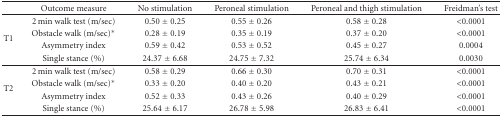
<table><thead><tr><td><b> </b></td><td><b>Outcome measure</b></td><td><b>No stimulation</b></td><td><b>Peroneal stimulation</b></td><td><b>Peroneal and thigh stimulation</b></td><td><b>Freidman&#x27;s test</b></td></tr></thead><tbody><tr><td rowspan="4">T1</td><td>2 min walk test (m/sec)</td><td>0.50 ± 0.25</td><td>0.55 ± 0.26</td><td>0.58 ± 0.28</td><td>&lt;0.0001</td></tr><tr><td>Obstacle walk (m/sec)*</td><td>0.28 ± 0.19</td><td>0.35 ± 0.19</td><td>0.37 ± 0.20</td><td>&lt;0.0001</td></tr><tr><td>Asymmetry index</td><td>0.59 ± 0.42</td><td>0.53 ± 0.52</td><td>0.45 ± 0.27</td><td>0.0004</td></tr><tr><td>Single stance (%)</td><td>24.37 ± 6.68</td><td>24.75 ± 7.32</td><td>25.74 ± 6.34</td><td>0.0030</td></tr><tr><td rowspan="4">T2</td><td>2 min walk test (m/sec)</td><td>0.58 ± 0.29</td><td>0.66 ± 0.30</td><td>0.70 ± 0.31</td><td>&lt;0.0001</td></tr><tr><td>Obstacle walk (m/sec)*</td><td>0.33 ± 0.20</td><td>0.40 ± 0.20</td><td>0.43 ± 0.21</td><td>&lt;0.0001</td></tr><tr><td>Asymmetry index</td><td>0.52 ± 0.33</td><td>0.43 ± 0.26</td><td>0.40 ± 0.29</td><td>&lt;0.0001</td></tr><tr><td>Single stance (%)</td><td>25.64 ± 6.17</td><td>26.78 ± 5.98</td><td>26.83 ± 6.41</td><td>&lt;0.0001</td></tr></tbody></table>